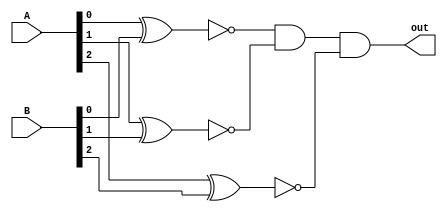
`timescale 1ns / 1ps
//////////////////////////////////////////////////////////////////////////////////
// Company: 
// Engineer: 
// 
// Design Name: 
// Module Name: comparator
// Project Name: 
// Target Devices: 
// Tool Versions: 
// Description: 
// 
// Dependencies: 
// 
// Revision:
// Revision 0.01 - File Created
// Additional Comments:
// 
//////////////////////////////////////////////////////////////////////////////////


module comparator(
    input[2:0] A,
    input [2:0] B,
    output out
    );
    
wire temp0, temp1, temp2;
assign temp0 = ~(A[0] ^ B[0]);
assign temp1 = ~(A[1] ^ B[1]);
assign temp2 = ~(A[2] ^ B[2]);
assign out = temp0 & temp1 & temp2;
endmodule